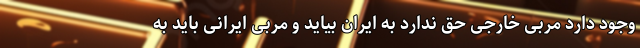
وجود دارد مربی خارجی حق ندارد به ایران بیاید و مربی ایرانی باید به